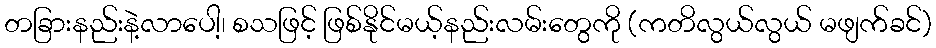
တခြားနည်းနဲ့လာပေါ့၊ စသဖြင့် ဖြစ်နိုင်မယ့်နည်းလမ်းတွေကို (ကတိလွယ်လွယ် မဖျက်ခင်)